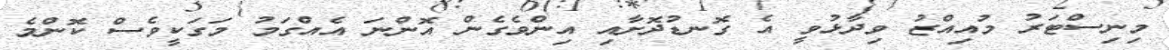
މިނިސްޓަރު މުއިއްޒު ވިދާޅުވީ އެ ގޮނޑުދޮށާއި އިންވެގެން އޮންނަ އެއްގަމު މަގަކީވެސް ކޮންމެ